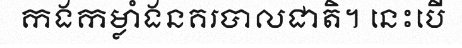
កងកម្លាំងនគរបាលជាតិ។ នេះបើ